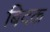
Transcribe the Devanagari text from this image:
बिदक